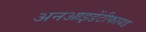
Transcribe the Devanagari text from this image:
अनआइडेंटीफायड